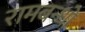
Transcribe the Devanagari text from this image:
रामबन्धो